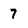
Character: 7